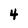
Character: 4